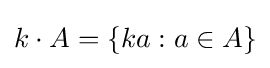
k\cdot A=\{ka:a\in A\}